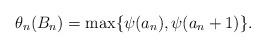
LaTeX: \begin{align*} \theta_n(B_n)=\max\{\psi(a_n),\psi(a_n+1)\}. \end{align*}